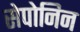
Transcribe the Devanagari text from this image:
सेपोनिन